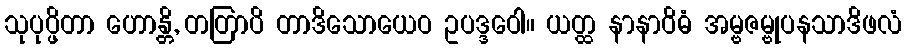
သုပုပ္ဖိတာ ဟောန္တိ, တတြာပိ တာဒိသောယေဝ ဥပဒ္ဒဝေါ။ ယတ္ထ နာနာဝိဓံ အမ္ဗဇမ္ဗုပနသာဒိဖလံ